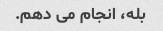
بله، انجام می دهم.